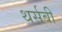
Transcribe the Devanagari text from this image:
थर्सबी